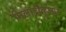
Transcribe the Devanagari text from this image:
निलाद्रीकुमार